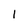
Character: 1